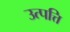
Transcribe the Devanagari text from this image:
उत्पत्ति